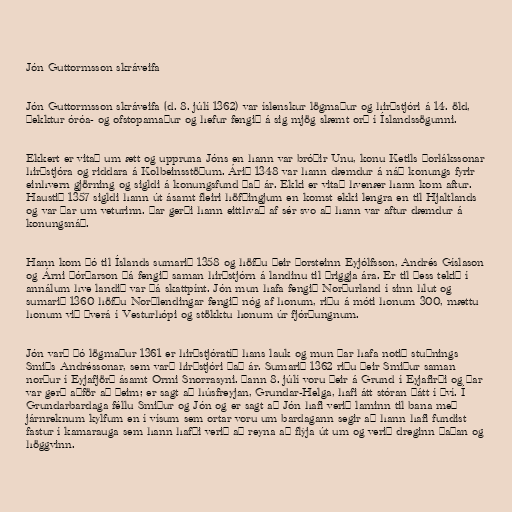
Jón Guttormsson skráveifa

Jón Guttormsson skráveifa (d. 8. júlí 1362) var íslenskur lögmaður og hirðstjóri á 14. öld,
þekktur óróa- og ofstopamaður og hefur fengið á sig mjög slæmt orð í Íslandssögunni.

Ekkert er vitað um ætt og uppruna Jóns en hann var bróðir Unu, konu Ketils Þorlákssonar
hirðstjóra og riddara á Kolbeinsstöðum. Árið 1348 var hann dæmdur á náð konungs fyrir
einhvern gjörning og sigldi á konungsfund það ár. Ekki er vitað hvenær hann kom aftur.
Haustið 1357 sigldi hann út ásamt fleiri höfðingjum en komst ekki lengra en til Hjaltlands
og var þar um veturinn. Þar gerði hann eitthvað af sér svo að hann var aftur dæmdur á
konungsnáð.

Hann kom þó til Íslands sumarið 1358 og höfðu þeir Þorsteinn Eyjólfsson, Andrés Gíslason
og Árni Þórðarson þá fengið saman hirðstjórn á landinu til þriggja ára. Er til þess tekið í
annálum hve landið var þá skattpínt. Jón mun hafa fengið Norðurland í sinn hlut og
sumarið 1360 höfðu Norðlendingar fengið nóg af honum, riðu á móti honum 300, mættu
honum við Þverá í Vesturhópi og stökktu honum úr fjórðungnum.

Jón varð þó lögmaður 1361 er hirðstjóratíð hans lauk og mun þar hafa notið stuðnings
Smiðs Andréssonar, sem varð hirðstjóri það ár. Sumarið 1362 riðu þeir Smiður saman
norður í Eyjafjörð ásamt Ormi Snorrasyni. Þann 8. júlí voru þeir á Grund í Eyjafirði og þar
var gerð aðför að þeim; er sagt að húsfreyjan, Grundar-Helga, hafi átt stóran þátt í því. Í
Grundarbardaga féllu Smiður og Jón og er sagt að Jón hafi verið laminn til bana með
járnreknum kylfum en í vísum sem ortar voru um bardagann segir að hann hafi fundist
fastur í kamarauga sem hann hafði verið að reyna að flýja út um og verið dreginn þaðan og
höggvinn.